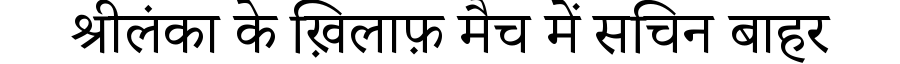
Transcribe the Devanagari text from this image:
श्रीलंका के ख़िलाफ़ मैच में सचिन बाहर